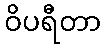
ဝိပရီတာ